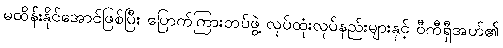
မထိန်းနိုင်အောင်ဖြစ်ပြီး ပြောက်ကြားတပ်ဖွဲ့ လုပ်ထုံးလုပ်နည်းများနှင့် ဝီကီရှီအဟ်၏